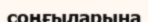
соңғыларына